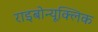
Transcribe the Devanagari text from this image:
राइबोन्यूक्लिक